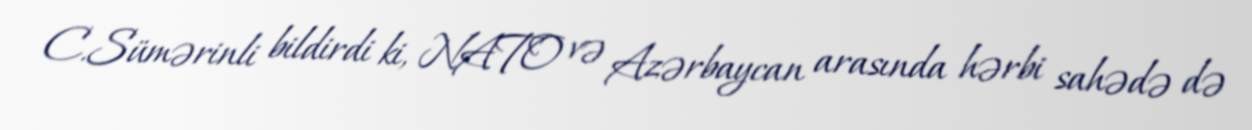
C.Sümərinli bildirdi ki, NATO və Azərbaycan arasında hərbi sahədə də